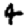
Digit: 4